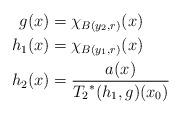
LaTeX: \begin{align*}g(x) &= \chi_{B(y_{2},r)} (x)\\h_{1}(x) &= \chi_{B(y_{1},r)} (x)\\h_{2}(x) &= \frac{a(x)}{{T_{2}}^{*}(h_{1},g)(x_{0})}\\\end{align*}